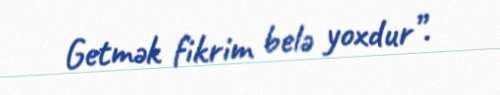
Getmək fikrim belə yoxdur”.